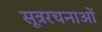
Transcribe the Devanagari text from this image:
सूत्ररचनाओं